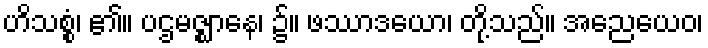
ဟိသစ္စံ၊ ၏။ ပဌမဇ္ဈာနေ၊ ၌။ ဖဿာဒယော၊ တို့သည်။ အညေယေဝ၊